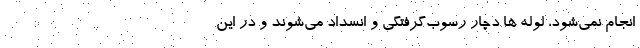
انجام نمی‌شود، لوله ها دچار رسوب‌گرفتگی و انسداد می‌شوند و در این